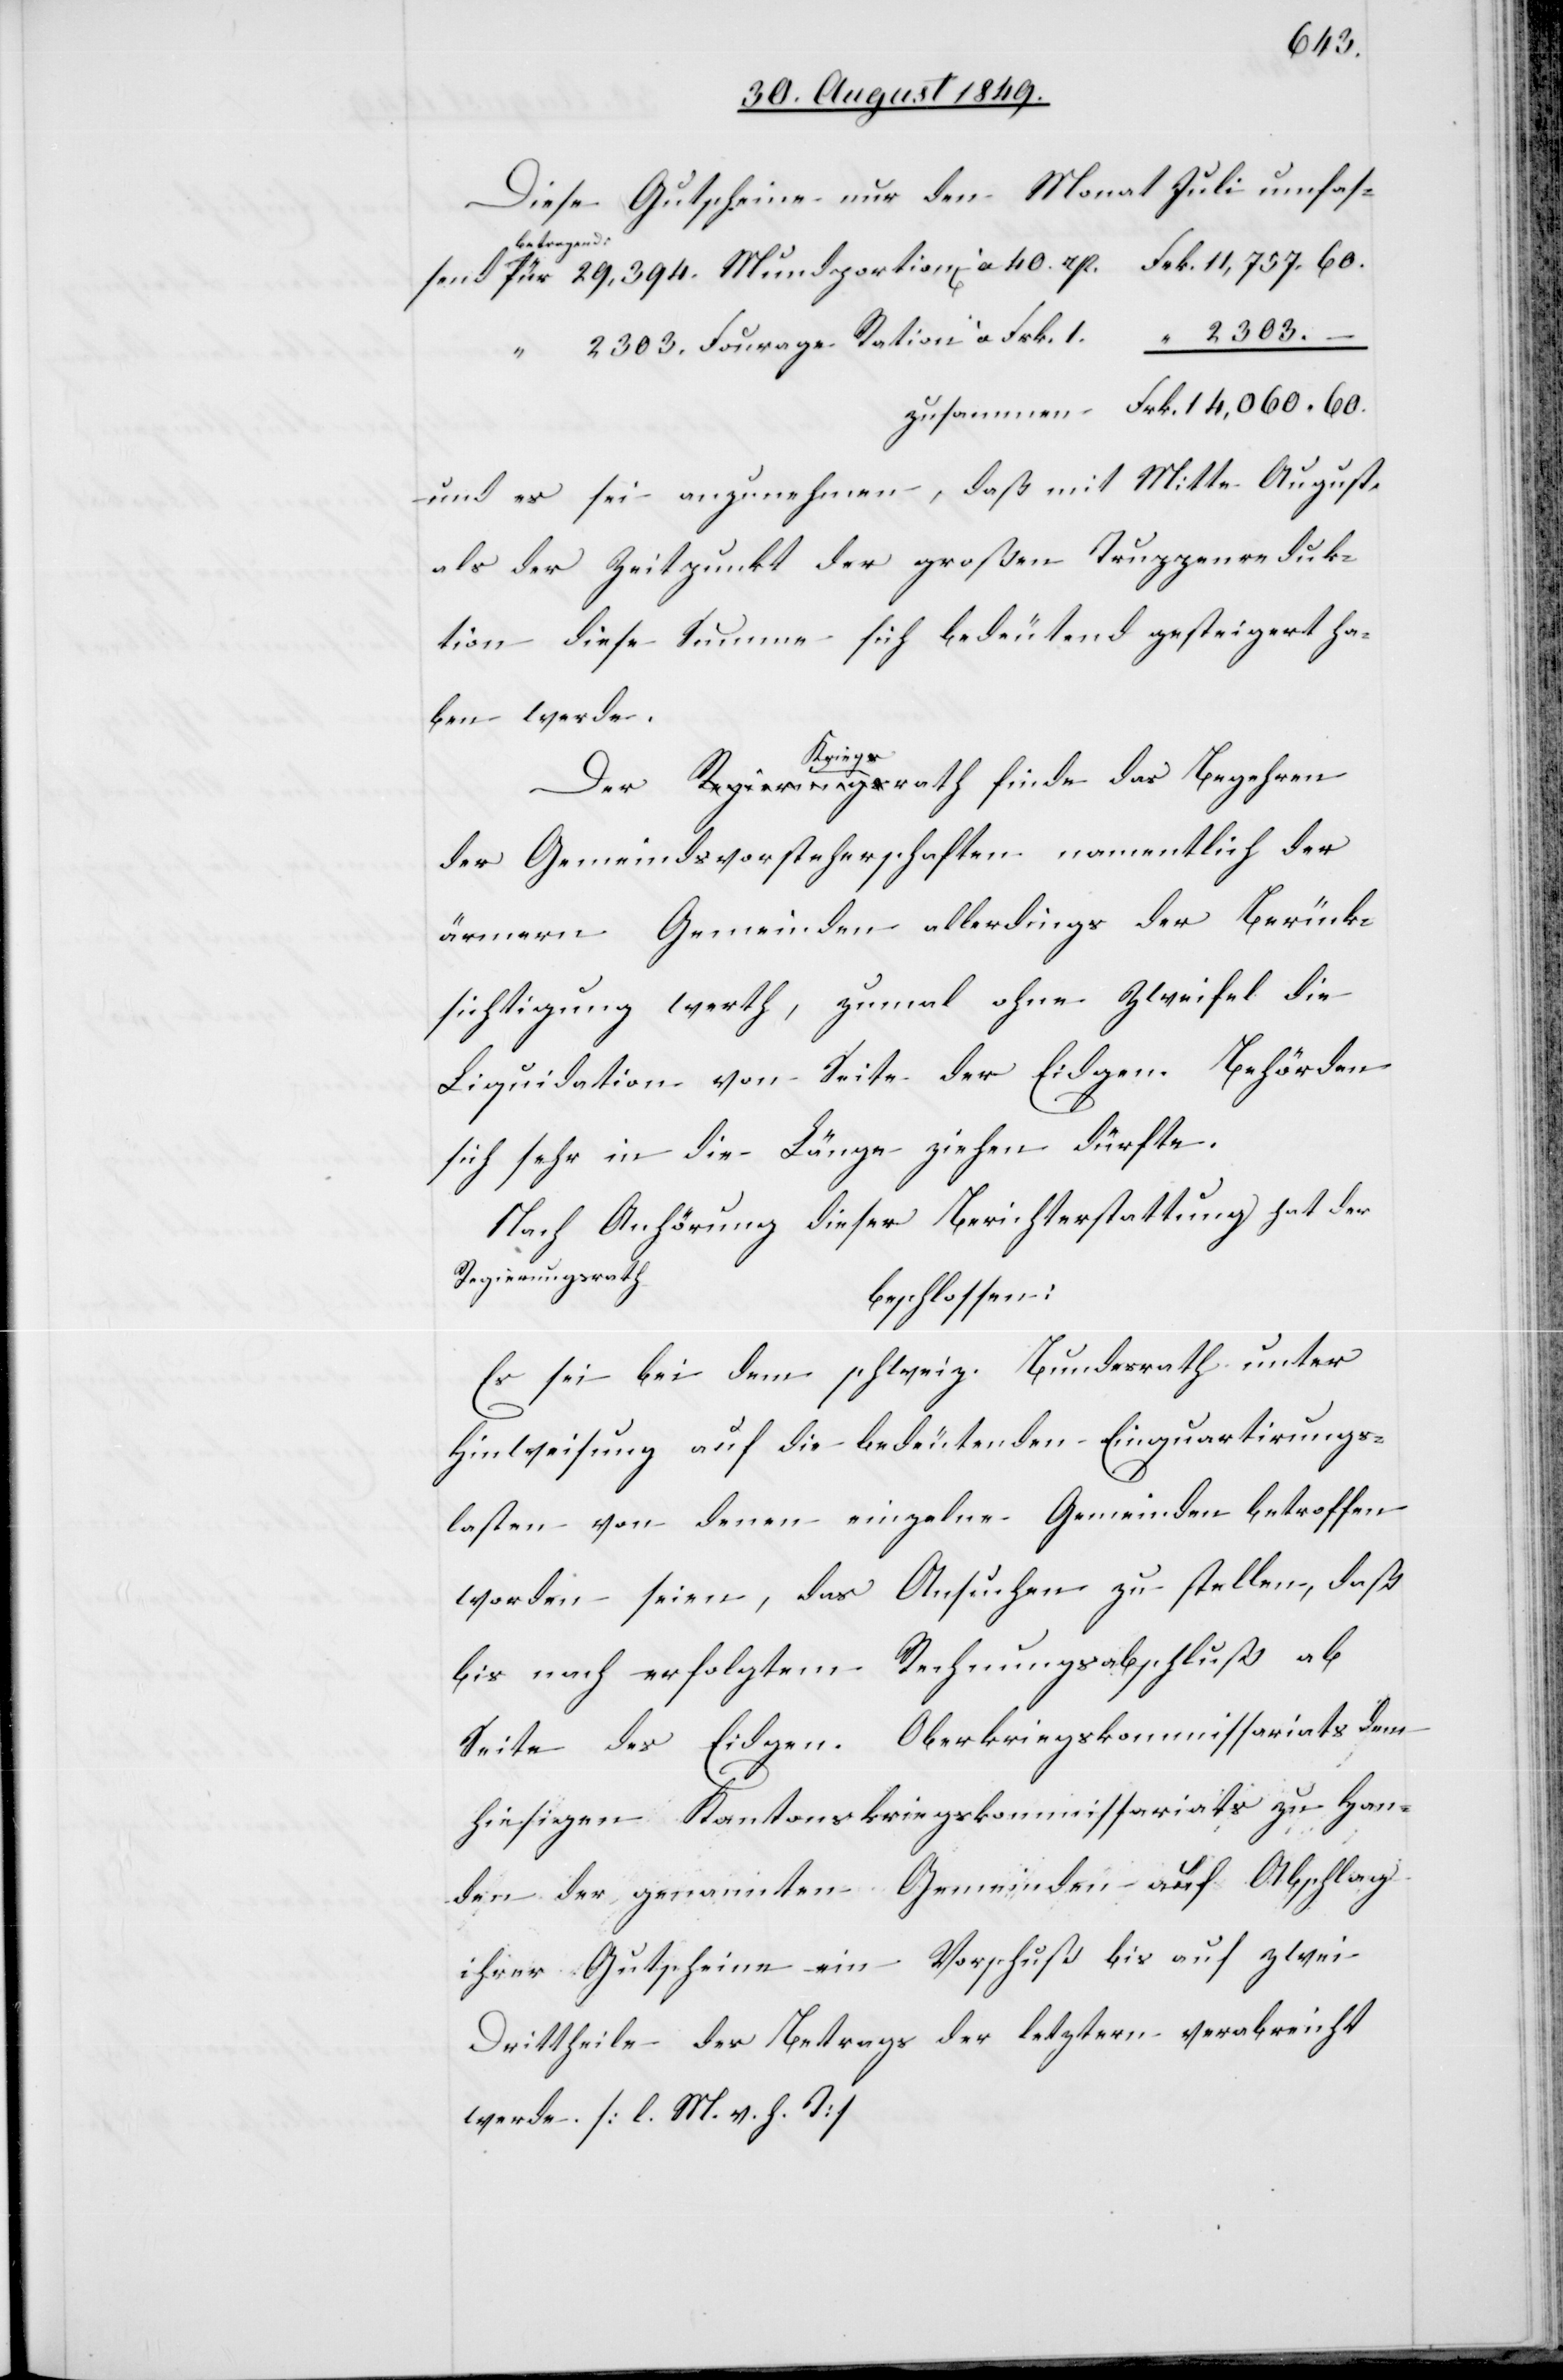
Diese Gutscheine nur den Monat Juli umfas¬
a-betragend:-a
für 29,394. Mundportion[en] à 40. rp.	Frk.	11,757.60.
“ 2 303. Fourage Ration à Frk. 1.	 “	2 303. –
Zusammen	Frk.	14,060.60.
und es sei anzunehmen, daß mit Mitte August,
als der Zeitpunkt der großen Truppenreduk¬
tion diese Summe sich bedeutend gesteigert ha¬
ben werde.
send
Der Kriegsrath finde das Begehren
der Gemeindsvorsteherschaften namentlich der
ärmern Gemeinden allerdings der Berück¬
sichtigung werth, zumal ohne Zweifel die
Liquidation von Seite der Eidgen. Behörden
sich sehr in die Länge ziehen dürfte.
Nach Anhörung dieser Berichterstattung hat der
Regierungsrath
beschlossen:
Es sei bei dem schweiz. Bundesrath unter
Hinweisung auf die bedeutenden Einquartierungs¬
lasten von denen einzelne Gemeinden betroffen
worden seien, das ansuchen zu stellen, daß
bis nach erfolgtem Rechnungsabschluß ab
Seite des Eidgen. Oberkriegskommissariats dem
hiesigen Kantonskriegskommissariats zu Han¬
den der genannten Gemeinden auf Abschlag
ihrer Gutscheine ein Vorschuß bis auf zwei
Drittheile des Betrags der letztern verabreicht
werde. [l. M. h. v. T]